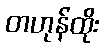
တဟုန်ထိုး